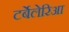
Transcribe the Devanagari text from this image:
टर्बेलेरिआ